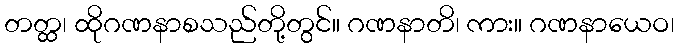
တတ္ထ၊ ထိုဂဏနာစသည်တို့တွင်။ ဂဏနာတိ၊ ကား။ ဂဏနာယေဝ၊